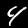
Label: 4